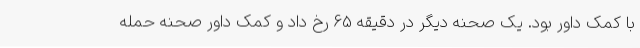
با کمک داور بود. یک صحنه دیگر در دقیقه 65 رخ داد و کمک داور صحنه حمله